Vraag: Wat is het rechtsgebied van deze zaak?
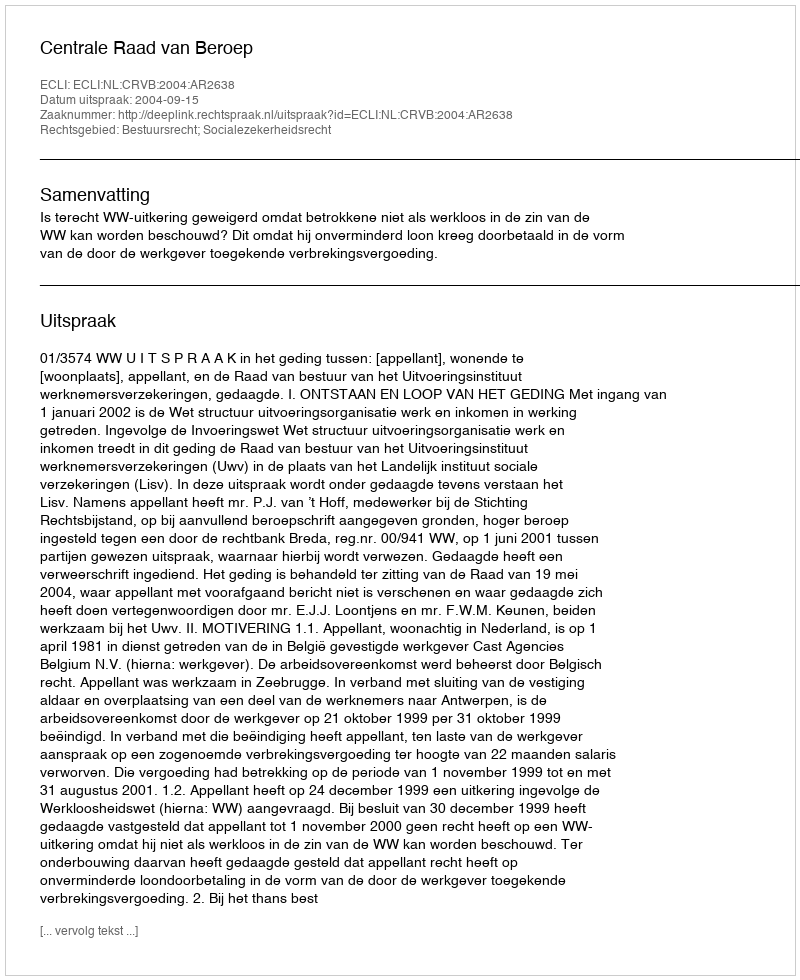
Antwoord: Bestuursrecht; Socialezekerheidsrecht